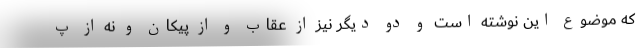
که موضوع این نوشته است و دو دیگر نیز از عقاب و از پیکان و نه از پ